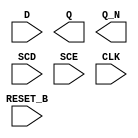
module sky130_fd_sc_hs__sdfrbp (
    //# {{data|Data Signals}}
    input  D      ,
    output Q      ,
    output Q_N    ,

    //# {{control|Control Signals}}
    input  RESET_B,

    //# {{scanchain|Scan Chain}}
    input  SCD    ,
    input  SCE    ,

    //# {{clocks|Clocking}}
    input  CLK
);

    // Voltage supply signals
    supply1 VPWR;
    supply0 VGND;

endmodule